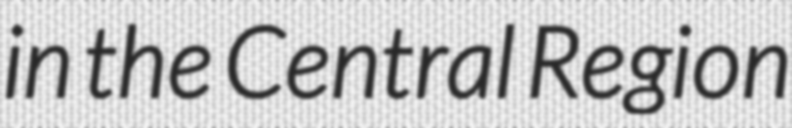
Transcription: in the Central Region